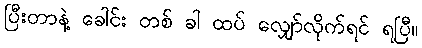
ပြီးတာနဲ့ ခေါင်း တစ် ခါ ထပ် လျှော်လိုက်ရင် ရပြီ။